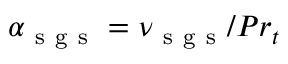
\alpha _ { \mathrm { ~ s ~ g ~ s ~ } } = \nu _ { \mathrm { ~ s ~ g ~ s ~ } } / P r _ { t }